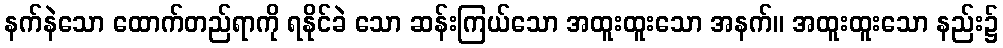
နက်နဲသော ထောက်တည်ရာကို ရနိုင်ခဲ သော ဆန်းကြယ်သော အထူးထူးသော အနက်။ အထူးထူးသော နည်း၌